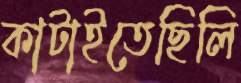
কাটাইতেছিলি